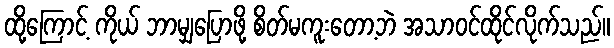
ထို့ကြောင့် ကိုယ် ဘာမျှပြောဖို့ စိတ်မကူးတော့ဘဲ အသာဝင်ထိုင်လိုက်သည်။